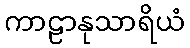
ကာဠာနုသာရိယံ